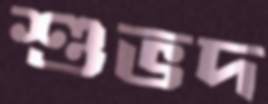
শুভদ